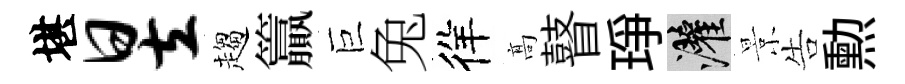
堪昱趨籯巨兔徉髙瞽琤灌景告勲